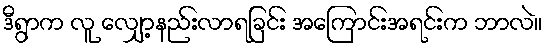
ဒီရွာက လူ လျှော့နည်းလာရခြင်း အကြောင်းအရင်းက ဘာလဲ။